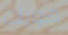
هويات